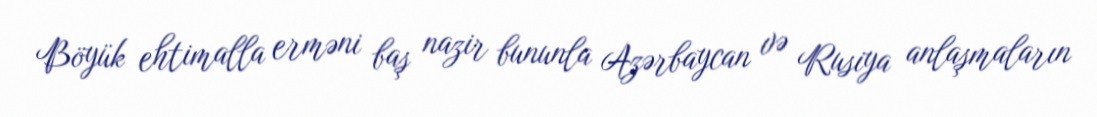
Böyük ehtimalla erməni baş nazir bununla Azərbaycan və Rusiya anlaşmaların